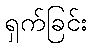
ရှက်ခြင်း